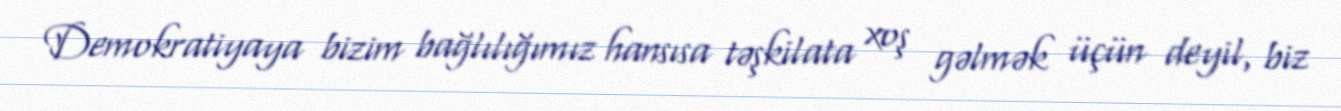
Demokratiyaya bizim bağlılığımız hansısa təşkilata xoş gəlmək üçün deyil, biz